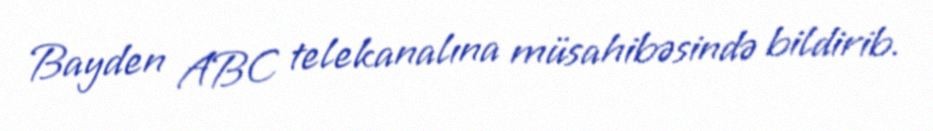
Bayden ABC telekanalına müsahibəsində bildirib.